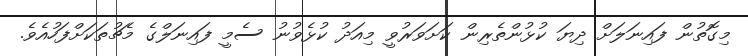
މިގޮތުން ފައިނަލަށް ދިޔަ ކުޅުންތެރިން ކަށަވަރުވީ މިއަދު ކުޅެވުނު ސެމީ ފައިނަލްގެ މެޗުތަކަށްފަހުއެވެ.